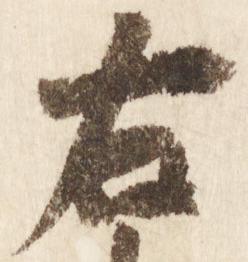
右